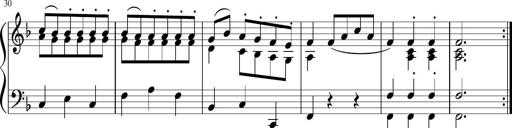
Title: 12 Keyboard Sonatinas
Composer: James Hook